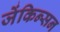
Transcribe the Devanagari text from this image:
जेंकिन्सन